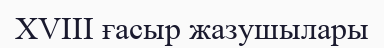
XVIII ғасыр жазушылары